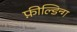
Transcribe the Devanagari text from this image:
फ़ील्डिन्ग